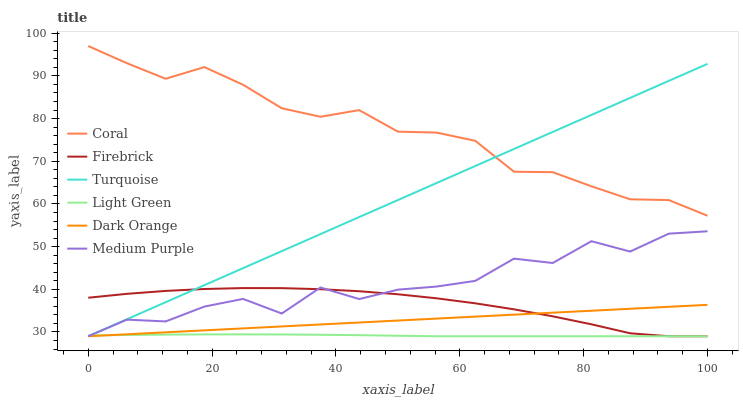
| xaxis_label | Coral | Firebrick | Turquoise | Light Green | Dark Orange | Medium Purple |
 | --- | --- | --- | --- | --- | --- | --- |
 | 0 | 97 | 38 | 29 | 29.2 | 29 | 29 |
 | 6.25 | 93 | 38.9 | 33 | 29.3 | 29.5 | 32.9 |
 | 12.5 | 89.3 | 39.6 | 37 | 29.4 | 29.9 | 32.5 |
 | 18.8 | 92.1 | 40.1 | 41 | 29.4 | 30.4 | 36 |
 | 25 | 87.9 | 40.3 | 45 | 29.4 | 30.8 | 37.7 |
 | 31.2 | 82.4 | 40.3 | 48.9 | 29.4 | 31.3 | 34.3 |
 | 37.5 | 80.4 | 40 | 52.9 | 29.4 | 31.8 | 40.4 |
 | 43.8 | 82 | 39.5 | 56.9 | 29.3 | 32.2 | 37.7 |
 | 50 | 76.9 | 38.8 | 60.9 | 29.1 | 32.7 | 39.9 |
 | 56.2 | 76.7 | 37.9 | 64.9 | 29 | 33.1 | 40.6 |
 | 62.5 | 74.8 | 36.7 | 68.9 | 29 | 33.6 | 42 |
 | 68.8 | 67.5 | 35.3 | 72.9 | 29 | 34.1 | 47.2 |
 | 75 | 67.4 | 33.7 | 76.9 | 29 | 34.5 | 46.2 |
 | 81.2 | 64.1 | 31.8 | 80.9 | 29 | 35 | 51.3 |
 | 87.5 | 61.1 | 29.7 | 84.8 | 29 | 35.4 | 48.8 |
 | 93.8 | 60.9 | 29 | 88.8 | 29 | 35.9 | 53 |
 | 100 | 57.2 | 29 | 92.8 | 29 | 36.4 | 53.6 |